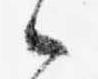
候